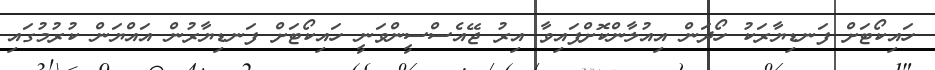
ހައިކޯޓަށް ފަނޑިޔާރަކު ހޯދަން އިއުލާންކޮށްފައިވާ އިރު ޖޭއެސްސީންވަނީ ހައިކޯޓަށް ފަނޑިޔާރުން އައްޔަން ކުރުމުގައި